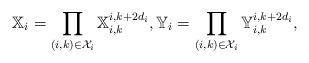
LaTeX: \begin{align*}\mathbb{X}_i=\prod_{(i,k)\in \mathcal{X}_i} \mathbb{X}_{i,k}^{i,k+2d_{i}}, \mathbb{Y}_i=\prod_{(i,k)\in \mathcal{X}_i} \mathbb{Y}_{i,k}^{i,k+2d_{i}},\end{align*}